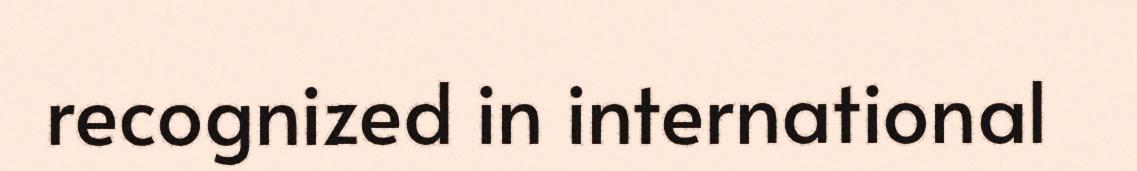
recognized in international